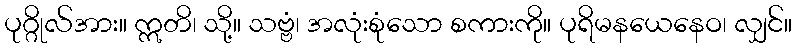
ပုဂ္ဂိုလ်အား။ ဣတိ၊ သို့။ သဗ္ဗံ၊ အလုံးစုံသော စကားကို။ ပုရိမနယေနေဝ၊ လျှင်။